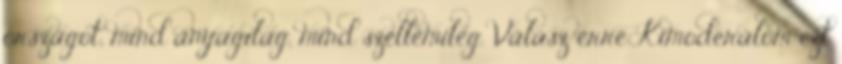
országot, mind anyagilag, mind szellemileg. Válasz erre Kimoderálom ezt